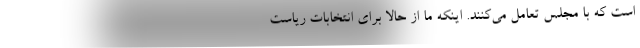
است که با مجلس تعامل می‌کنند. اینکه ما از حالا برای انتخابات ریاست